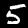
Digit: 5